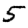
Digit: 5